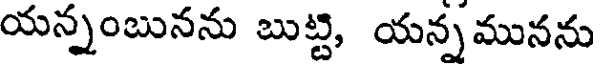
యన్నంబునను బుట్టి, యన్నమునను